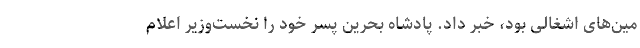
مین‌های اشغالی بود، خبر داد. پادشاه بحرین پسر خود را نخست‌وزیر اعلام